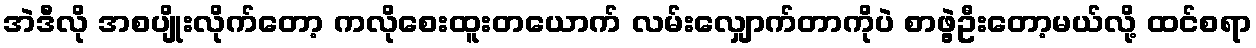
အဲဒီလို အစပျိုးလိုက်တော့ ကလိုစေးထူးတယောက် လမ်းလျှောက်တာကိုပဲ စာဖွဲ့ဦးတော့မယ်လို့ ထင်စရာ